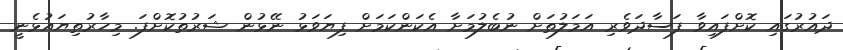
ދައުރުގައި ކޮށްފައިވާ ފަސާދަވެރި އަމަލުތަށް ނުބެލުމަށާ އެކަންކަމަށް ފިޔަވަޅު ނޭޅުން ޝަރުތުކޮށްފަ. މިހާރުތިޔައުޅެނީ